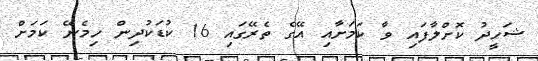
ޝަހީދު ކޮށްލާފައި ވާ ކަމަށާއި އޭގެ ތެރޭގައި 16 ކުޑަކުދިން ހިމެނޭ ކަމަށް